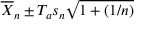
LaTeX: { \overline { { X } } } _ { n } \pm T _ { a } s _ { n } { \sqrt { 1 + ( 1 / n ) } }